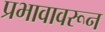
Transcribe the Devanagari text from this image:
प्रभावावरून